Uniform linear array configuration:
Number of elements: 64
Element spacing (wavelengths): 0.75
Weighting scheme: hamming
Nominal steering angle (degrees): -45
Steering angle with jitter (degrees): -45.864
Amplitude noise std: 0.05
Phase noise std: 0.05

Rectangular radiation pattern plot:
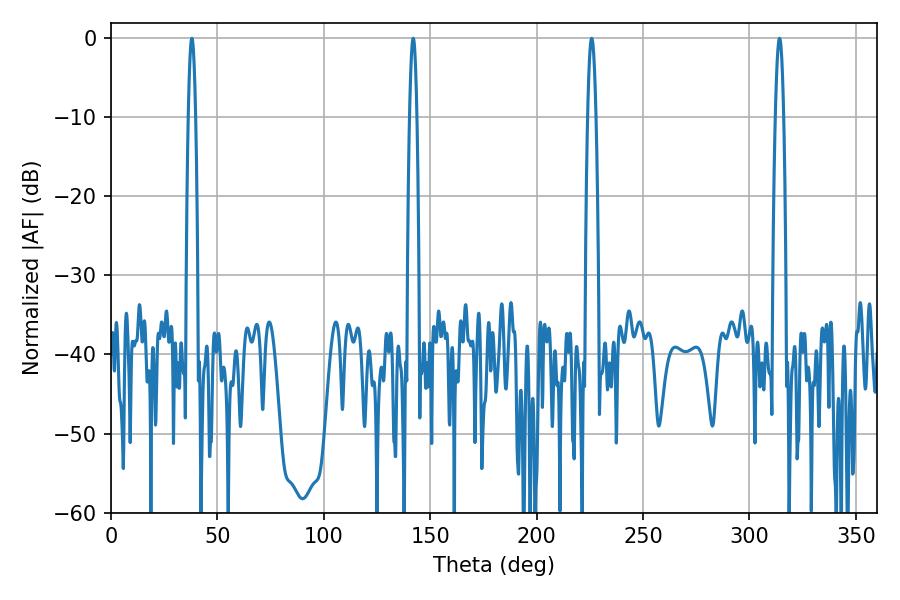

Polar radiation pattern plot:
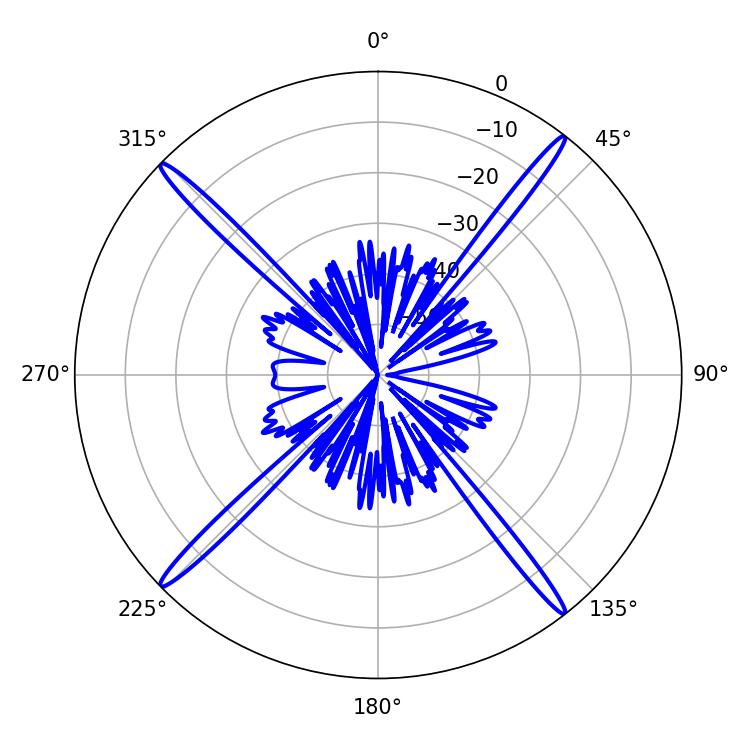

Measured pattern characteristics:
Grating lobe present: TRUE
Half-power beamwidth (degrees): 1.8
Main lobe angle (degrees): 37.98